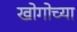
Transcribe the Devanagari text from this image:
खोगोच्या